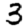
Digit: 3